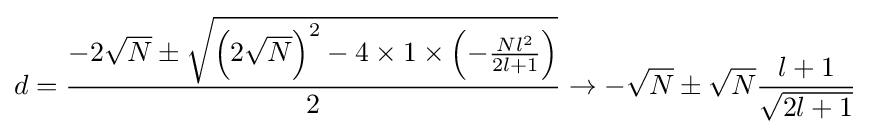
d={\frac {-2{\sqrt {N}}\pm {\sqrt {\left(2{\sqrt {N}}\right)^{2}-4\times 1\times \left(-{\frac {Nl^{2}}{2l+1}}\right)}}}{2}}\to -{\sqrt {N}}\pm {\sqrt {N}}{\frac {l+1}{\sqrt {2l+1}}}